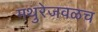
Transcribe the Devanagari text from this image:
मथुरेजवळच